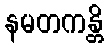
နမတကန္တိ